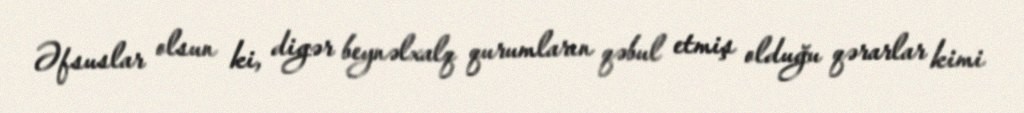
Əfsuslar olsun ki, digər beynəlxalq qurumların qəbul etmiş olduğu qərarlar kimi